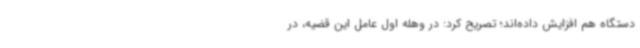
دستگاه هم افزایش داده‌اند؛ تصریح کرد: در وهله اول عامل این قضیه، در